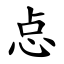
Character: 㤐